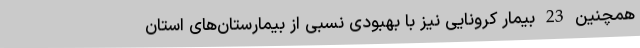
همچنین 23 بیمار کرونایی نیز با بهبودی نسبی از بیمارستان‌های استان